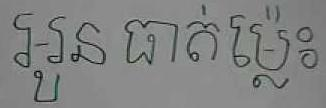
អូន ធាត់ម្ល៉េះ